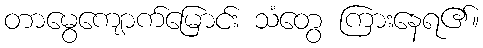
တာမွေကျောက်မြောင်း သံတွေ ကြားနေရ၏။